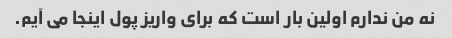
نه من ندارم اولین بار است که برای واریز پول اینجا می آیم.